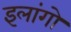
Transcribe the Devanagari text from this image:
इलांगो